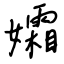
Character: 孀